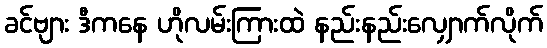
ခင်ဗျား ဒီကနေ ဟိုလမ်းကြားထဲ နည်းနည်းလျှောက်လိုက်